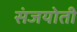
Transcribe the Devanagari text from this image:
संजयोती